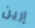
إرين